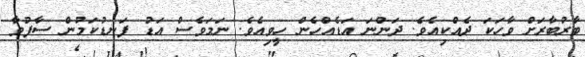
ބާރުބާރަށް ވާހަކަ ދެއްކިއެވެ. ދަންނަ އަޑެއްހެން ހީވިއެވެ. ނަމަވެސް އަޑު ފަނޑުކަމުން ސާފުވާ